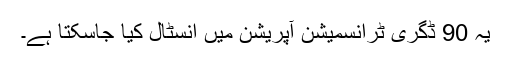
یہ 90 ڈگری ٹرانسمیشن آپریشن میں انسٹال کیا جاسکتا ہے۔